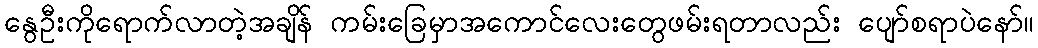
နွေဦးကိုရောက်လာတဲ့အချိန် ကမ်းခြေမှာအကောင်လေးတွေဖမ်းရတာလည်း ပျော်စရာပဲနော်။